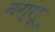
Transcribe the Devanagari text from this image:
मग्लू